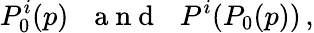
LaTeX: P_{0}^{i}(p)\, \, \, \, \mathrm{~a~n~d~}\, \, \, \, P^{i}(P_{0}(p))\, ,